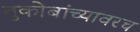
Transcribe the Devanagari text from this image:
तुकोबांच्यावरच